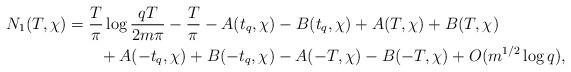
LaTeX: \begin{align*}N_1(T,\chi) &= \frac{T}{\pi} \log{\frac{qT}{2m\pi}} - \frac{T}{\pi}- A(t_q,\chi) - B(t_q,\chi) + A(T,\chi) + B(T,\chi) \\&\quad\quad+ A(-t_q,\chi) + B(-t_q,\chi) - A(-T,\chi) - B(-T,\chi) + O(m^{1/2}\log{q}),\end{align*}